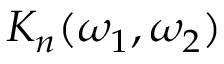
K _ { n } ( \omega _ { 1 } , \omega _ { 2 } )